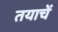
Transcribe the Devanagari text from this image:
तयाचें